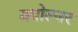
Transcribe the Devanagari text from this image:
क्योल्नर